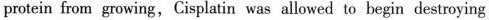
protein from gowing, Cisplatin was allowed to begin destroying